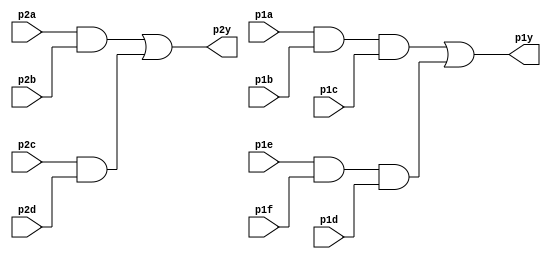
module top_module ( 
    input p1a, p1b, p1c, p1d, p1e, p1f,
    output p1y,
    input p2a, p2b, p2c, p2d,
    output p2y );
    
    wire [3:0] internal;
    assign internal[0] = p1a & p1b & p1c;
    assign internal[1] = p1e & p1f & p1d;
    assign p1y = internal[0] | internal[1];
    
    assign internal[2] = p2a & p2b;
    assign internal[3] = p2c & p2d;
    
    assign p2y = internal[2] | internal[3];

endmodule